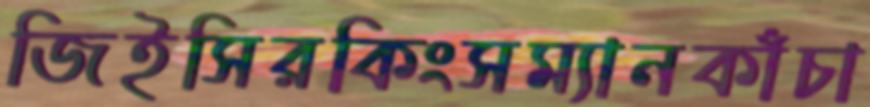
জিইসিরকিংসম্যানকাঁচা